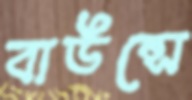
বাউন্সে